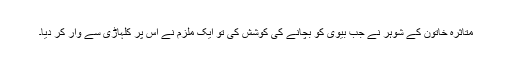
متاثرہ خاتون کے شوہر نے جب بیوی کو بچانے کی کوشش کی تو ایک ملزم نے اس پر کلہاڑی سے وار کر دیا۔